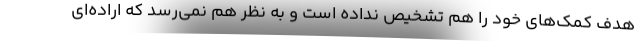
هدف کمک‌های خود را هم تشخیص نداده است و به نظر هم نمی‌رسد که اراده‌ای